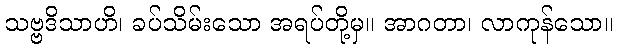
သဗ္ဗဒိသာဟိ၊ ခပ်သိမ်းသော အရပ်တို့မှ။ အာဂတာ၊ လာကုန်သော။